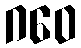
ဂဝေ